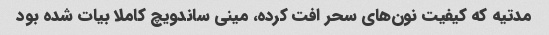
مدتیه که کیفیت نون‌های سحر افت کرده، مینی ساندویچ کاملا بیات شده بود